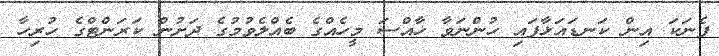
ފެނަކަ އިން ކަނޑައަޅާފައި ހުންނަވާ ހާއްސަ މީހެއްގެ ބެއްލެވުމުގެ ދަށުން ކަރަންޓްގެ ހުރިހާ